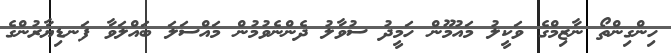
ހިންގިންތޯ ނާޒިމްގެ ވަކީލު މައުމޫން ހަމީދު ސުވާލު ދެންނެވުމުން މައްސަލަ ބައްލަވާ ފަނޑިޔާރުންގެ